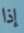
إذا